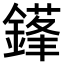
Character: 𨫱